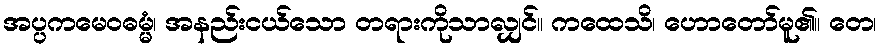
အပ္ပကမေဝဓမ္မံ၊ အနည်းငယ်သော တရားကိုသာလျှင်။ ကထေသိ၊ ဟောတော်မူ၏။ တေ၊